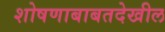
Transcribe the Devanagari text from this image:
शोषणाबाबतदेखील